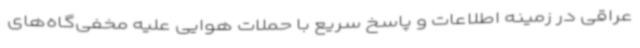
عراقی در زمینه اطلاعات و پاسخ سریع با حملات هوایی علیه مخفی‌گاه‌های